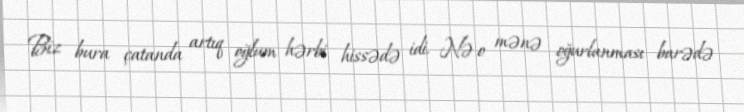
Biz bura çatanda artıq oğlum hərbi hissədə idi. Nə o mənə oğurlanması barədə